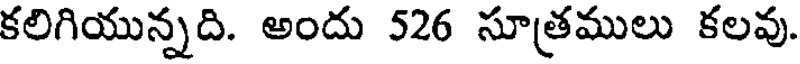
కలిగియున్నది. అందు 526 సూత్రములు కలవు.